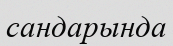
сандарында